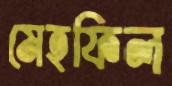
মেহফিল